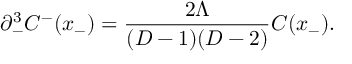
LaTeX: \partial _ { - } ^ { 3 } C ^ { - } ( x _ { - } ) = \frac { 2 \Lambda } { ( D - 1 ) ( D - 2 ) } C ( x _ { - } ) .